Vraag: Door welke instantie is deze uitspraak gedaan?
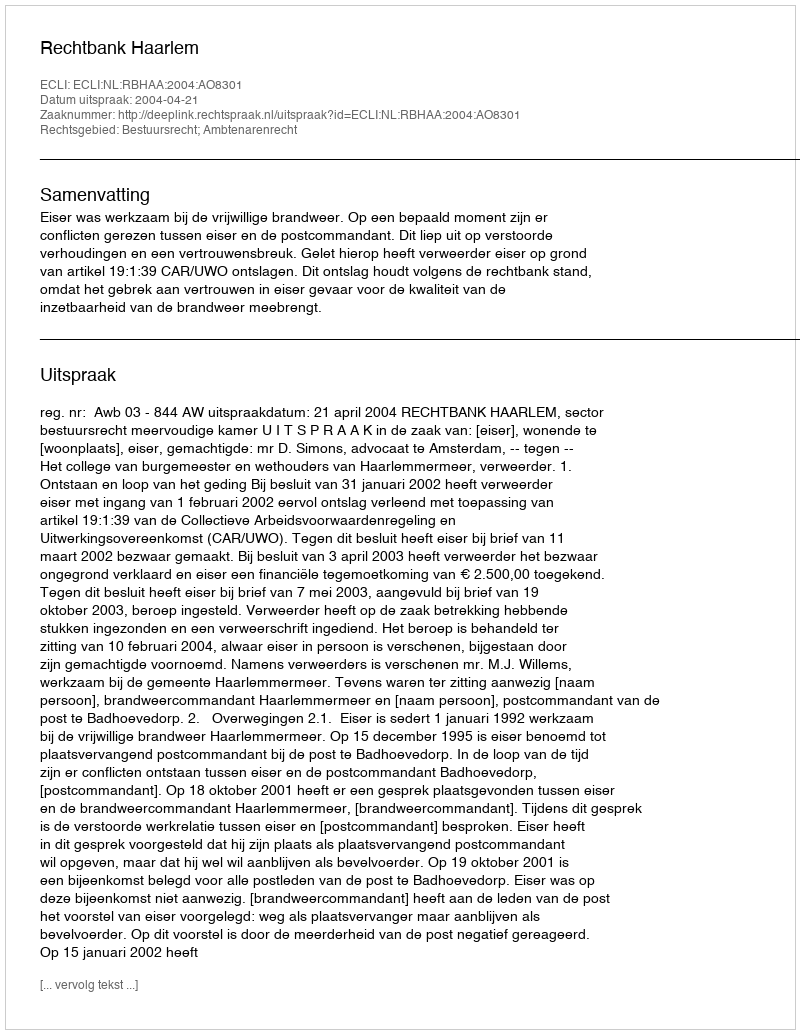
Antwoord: Rechtbank Haarlem